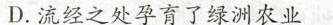
D.流经之处孕育了绿洲农业